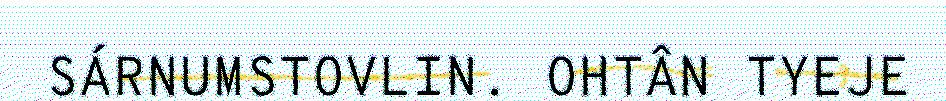
SÁRNUMSTOVLIN. OHTÂN TYEJE